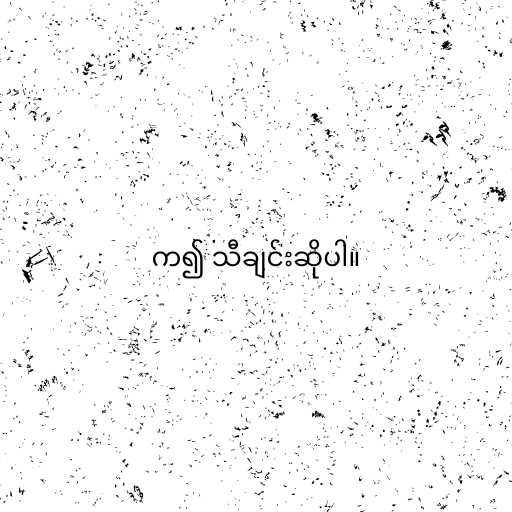
က၍ သီချင်းဆိုပါ။